Jaan_Tonisson_(Lasteleht), lk 148
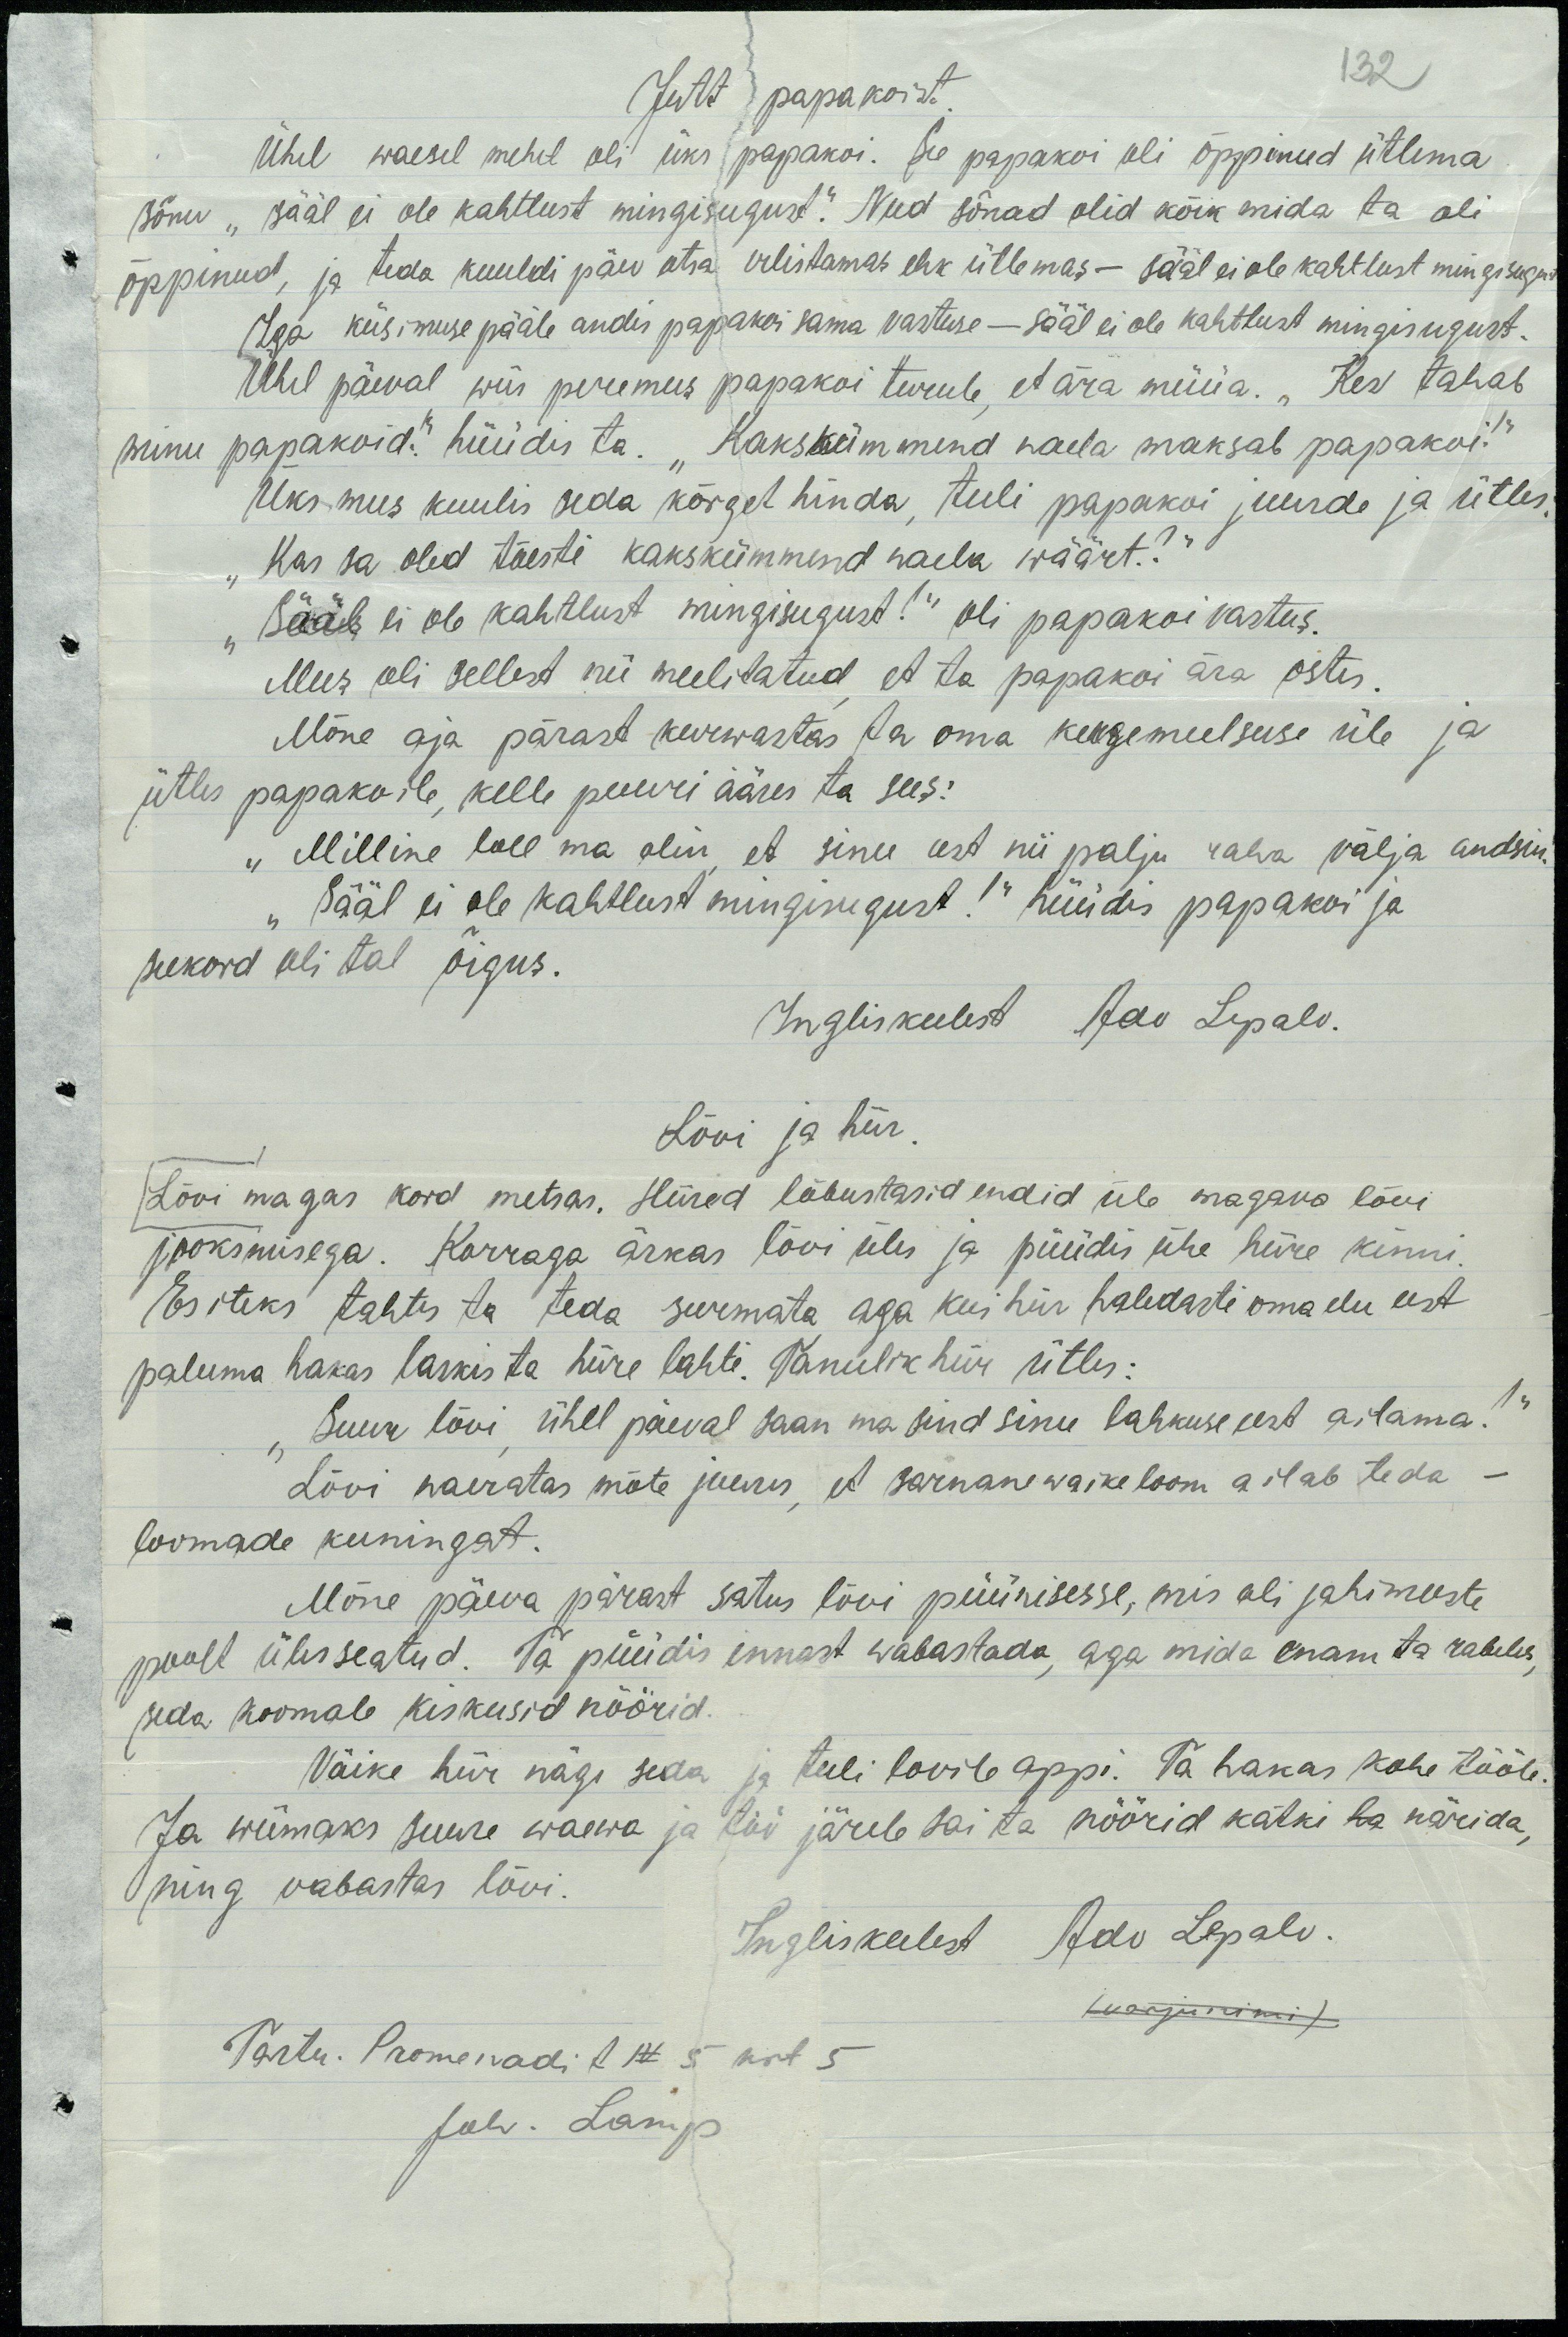
132
Jutt papakoist.
Ühel waesel mehel oli üks papakoi. See papakoi oli õppinud ütlema
sõnu „sääl ei ole kahtlust mingisugust.“ Need sõnad olid kõik mida ta oli
õppinud, ja teda kuuldi päev otsa vilistamas ehk ütlemas – sääl ei ole kahtlust mingisugust
Iga küsimuse päle andis papakoi sama vastuse – seel ei ole kahtlust mingisugust.
Ühel päeval wiis peremees papakoi turule, et ära müüa. „Kes tahab
minu papakoid!“ hüüdis ta. Kakskümmend naela maksab papakoi!“
Üks mees kuulis seda kõrget hinda, tuli papakoi juurde ja ütles:
„Kas sa oled tõesti kakskümmend naele väärt?“
„Sääl ei ole kahtlust mingisugust!“ oli papakoi vastus.
Mees oli sellest nii meelitatud, et ta papakoi ära ostis.
Mõne aja pärast kurwastas ta oma kergemeelsuse üle ja
ütles papakoile, kelle puuri ääres ta sees:
„Milline loll ma olin, et sinu eest nii palju raha välja andsin.
„Sääl ei ole kahtlust mingisugust!“ hüüdis papakoi ja
seekord oli tal õigus.
Ingliskeelest Adu Lepalu.
Lõvi ja hiir.
Lõvi magas kord metsas. Hiired lõbustasid endid üle magava lõvi
jooksmisega. Korraga ärkas lõvi üles ja püüdis ühe hiire kinni.
Esiteks tahtis ta teda surmata aga kui hiir haledasti oma elu eest
paluma hakas laskis ta hiire lahti.Tänuline hiir ütles:
„Suur lõvi, ühel päeval saan ma sind sinu lahkuse eest aitama!“
Lõvi naeratas mõte juures, et sarnane waike loom aitab teda –
loomade kuningat.
Mõne päeva pärast satus lõvi püünisesse, mis oli jahimeeste
poolt üles seatud. Ta püüdis ennast wabastada, aga mida enam rabeles,
seda koomale kiskusid nöörid.
Väike hiir nägi seda ja tuli lovile appi. Ta hakas kohe tööle.
Ja wiimaks suure waeva ja töö järele sai ta nöörid katki ka närida,
ning vabastas lõvi.
Ingliskeelest Adu Lepalu
Luoojnimi
Tartu. Promenadi t N 5 mnt 5
Joh. Lomp